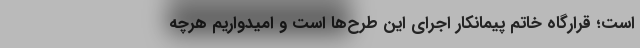
است؛ قرارگاه خاتم پیمانکار اجرای این طرح‌ها است و امیدواریم هرچه